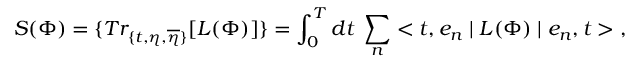
S ( \Phi ) = \{ T r _ { \{ t , \eta , \overline { { { \eta } } } \} } [ L ( \Phi ) ] \} = \int _ { 0 } ^ { T } d t \; \sum _ { n } < t , e _ { n } \mid L ( \Phi ) \mid e _ { n } , t > \; ,